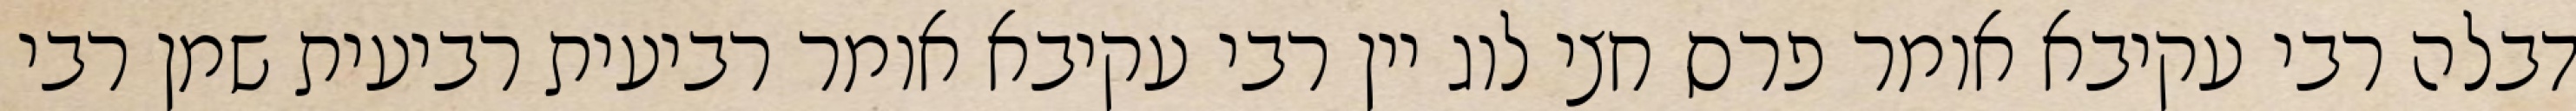
דבלה רבי עקיבא אומר פרס חצי לוג יין רבי עקיבא אומר רביעית רביעית שמן רבי